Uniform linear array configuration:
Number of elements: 48
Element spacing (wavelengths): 1
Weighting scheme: kaiser
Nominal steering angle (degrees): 0
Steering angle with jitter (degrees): -0.9659
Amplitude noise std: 0.05
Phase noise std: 0.05

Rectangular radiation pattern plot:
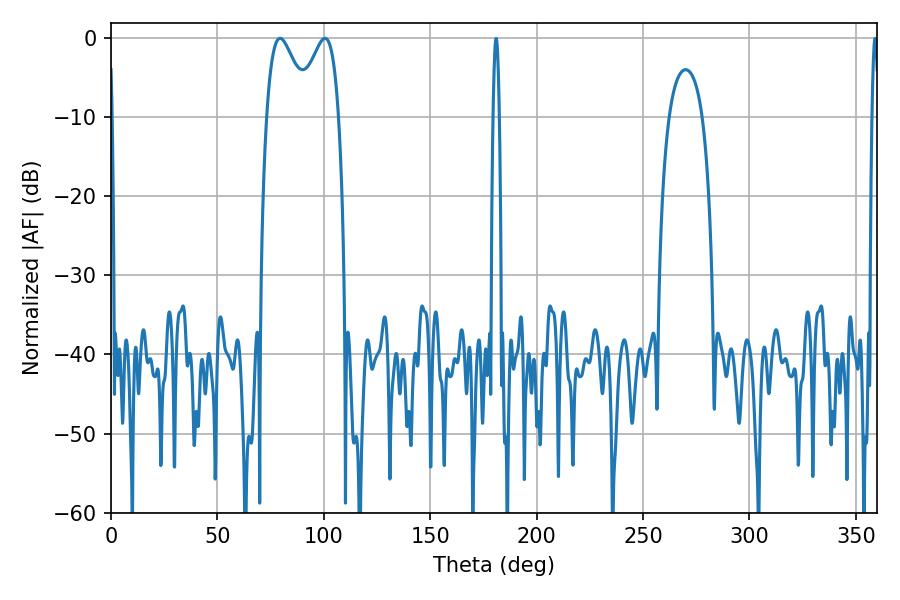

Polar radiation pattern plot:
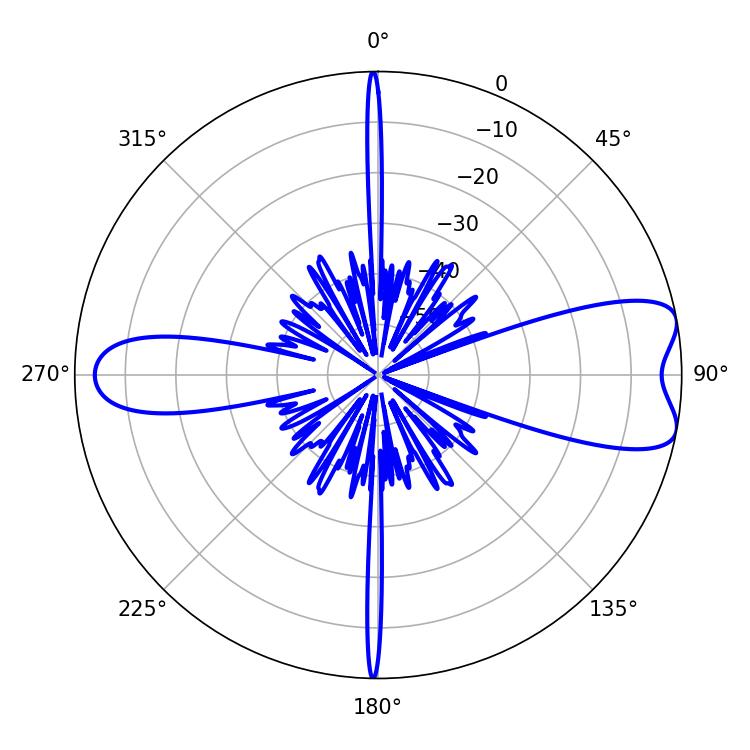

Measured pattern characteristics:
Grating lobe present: TRUE
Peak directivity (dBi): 8.386
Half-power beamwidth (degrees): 10.62
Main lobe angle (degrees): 79.38